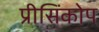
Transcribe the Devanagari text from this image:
प्रीसिंकोप